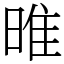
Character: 㫿